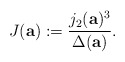
\begin{align*}J (\mathbf{a}) := \frac{j_2(\mathbf{a})^3}{\Delta(\mathbf{a})}.\end{align*}